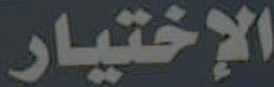
الإختيار